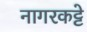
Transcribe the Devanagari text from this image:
नागरकट्टे